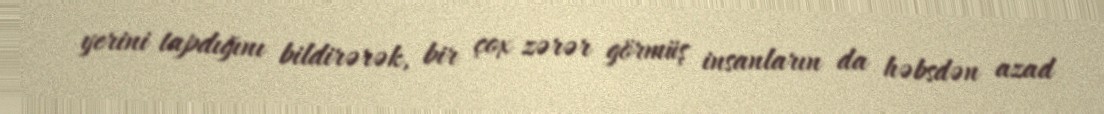
yerini tapdığını bildirərək, bir çox zərər görmüş insanların da həbsdən azad